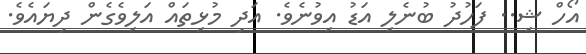
އޯހް ޝި.. ފަހުދު ބުނެލި އަޑު އިވުނެވެ. އަދި މުޅިތައް އަލިވެގެން ދިޔައެވެ.